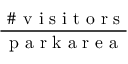
\frac { \mathrm { ~ \# ~ v ~ i ~ s ~ i ~ t ~ o ~ r ~ s ~ } } { \mathrm { ~ p ~ a ~ r ~ k ~ a ~ r ~ e ~ a ~ } }